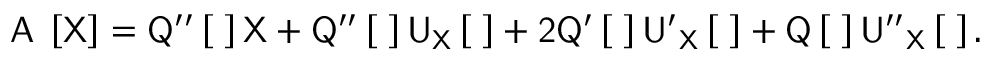
\sf A _ { \tau } \left[ \sf X \right] = \sf { Q ^ { \prime \prime } } \left[ \tau \right] \sf { X } + \sf { Q ^ { \prime \prime } } \left[ \tau \right] \sf { U } _ { \sf X } \left[ \tau \right] + 2 \sf { Q ^ { \prime } } \left[ \tau \right] \sf { U ^ { \prime } } _ { \sf X } \left[ \tau \right] + \sf { Q } \left[ \tau \right] \sf { U ^ { \prime \prime } } _ { \sf X } \left[ \tau \right] .